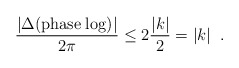
\begin{align*}\frac{|\Delta ({\rm phase \; log})|}{2 \pi} \leq 2 \frac{|k|}{2} = |k| \;\;.\end{align*}